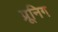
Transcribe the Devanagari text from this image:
प्रूनिग